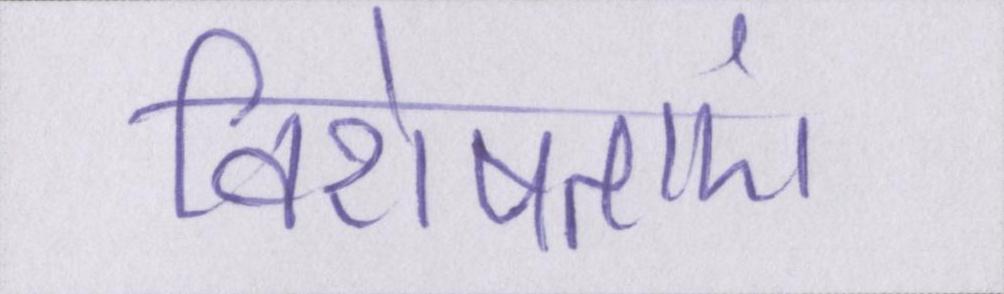
विशेषताएं